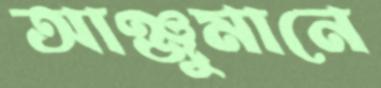
আঞ্জুমানে